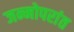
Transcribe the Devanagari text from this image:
जन्मोपरांत